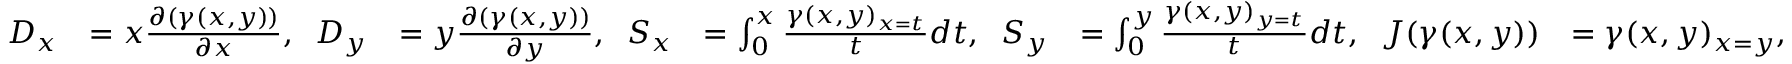
\begin{array} { r l r l r l } { D _ { x } } & { = x \frac { \partial ( \gamma ( x , y ) ) } { \partial x } , \; \; D _ { y } } & { = y \frac { \partial ( \gamma ( x , y ) ) } { \partial y } , \; \; S _ { x } } & { = \int _ { 0 } ^ { x } \frac { \gamma ( x , y ) _ { x = t } } { t } d t , \; \; S _ { y } } & { = \int _ { 0 } ^ { y } \frac { \gamma ( x , y ) _ { y = t } } { t } d t , \; \; J ( \gamma ( x , y ) ) } & { = \gamma ( x , y ) _ { x = y } , } \end{array}